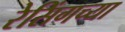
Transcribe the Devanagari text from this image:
रेसिंगच्या